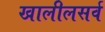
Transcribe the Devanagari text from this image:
खालीलसर्व